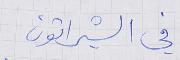
في الشيراتون